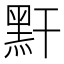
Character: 䵟